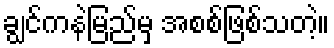
ချွင်ကနဲမြည်မှ အစစ်ဖြစ်သတဲ့။